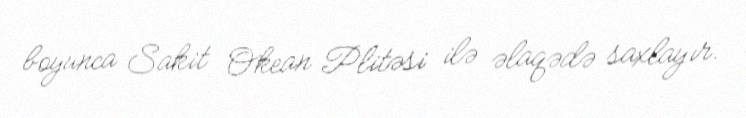
boyunca Sakit Okean Plitəsi ilə əlaqədə saxlayır.